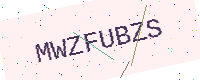
Text: MWZFUBZS